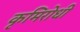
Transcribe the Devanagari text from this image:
कृमिरोधी